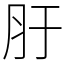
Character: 䏏